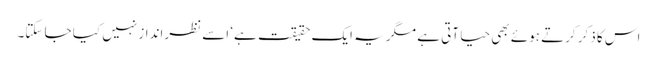
اس کا ذکر کرتے ہوئے بھی حیا آتی ہے مگر یہ ایک حقیقت ہے‘ اسے نظرانداز نہیں کیا جا سکتا۔